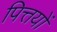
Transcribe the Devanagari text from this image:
पित्तयों